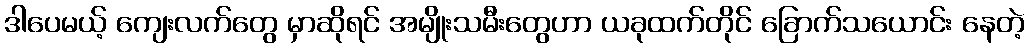
ဒါပေမယ့် ကျေးလက်တွေ မှာဆိုရင် အမျိုးသမီးတွေဟာ ယခုထက်တိုင် ခြောက်သယောင်း နေတဲ့